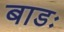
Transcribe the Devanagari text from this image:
बाडः